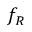
f _ { R }